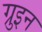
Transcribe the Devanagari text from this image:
ग्रुइन